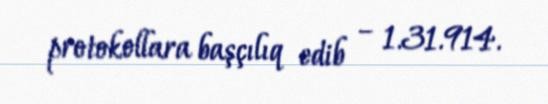
protokollara başçılıq edib – 1.31.914.